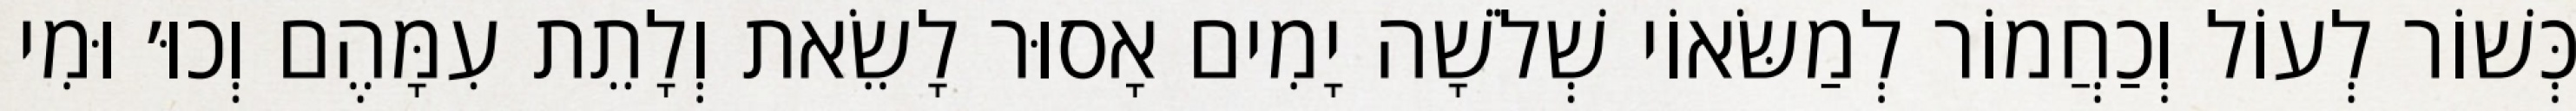
כְּשׁוֹר לְעוֹל וְכַחֲמוֹר לְמַשּׂאוֹי שְׁלֹשָׁה יָמִים אָסוּר לָשֵׂאת וְלָתֵת עִמָּהֶם וְכוּ׳ וּמִי